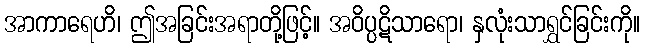
အာကာရေဟိ၊ ဤအခြင်းအရာတို့ဖြင့်။ အဝိပ္ပဋိသာရော၊ နှလုံးသာရွှင်ခြင်းကို။